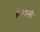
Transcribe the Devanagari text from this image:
कोंगाली